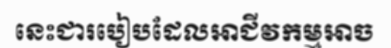
នេះជារបៀបដែលអាជីវកម្មអាច